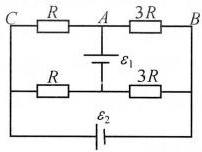
8.电路如图30-26所示，电源内阻不计，当电动势ε减小1.5V以后，怎样改变电动势ε2